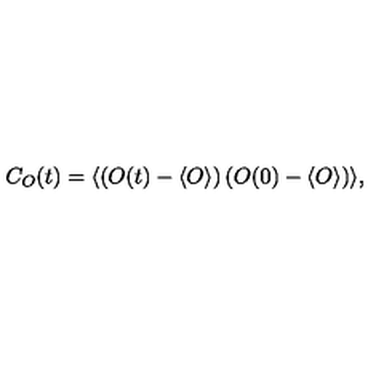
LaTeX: C _ { O } ( t ) = \langle \left( O ( t ) - \langle O \rangle \right) \left( O ( 0 ) - \langle O \rangle \right) \rangle ,